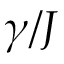
\gamma / J